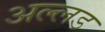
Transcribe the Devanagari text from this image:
अल्लड